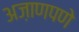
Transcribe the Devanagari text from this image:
अज़ाणपणे